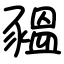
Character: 豱